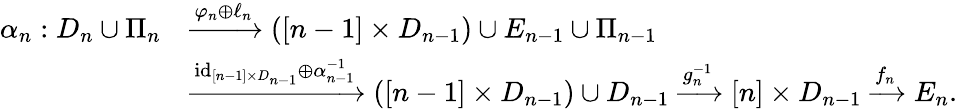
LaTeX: \begin{array}{rl}{\alpha_{n}:D_{n}\cup\Pi_{n}}&{\xrightarrow{\varphi_{n}\oplus\ell_{n}}([n-1]\times D_{n-1})\cup E_{n-1}\cup\Pi_{n-1}}\\ &{\xrightarrow{\mathrm{id}_{[n-1]\times D_{n-1}}\oplus\alpha_{n-1}^{-1}}([n-1]\times D_{n-1})\cup D_{n-1}\xrightarrow[]{g_{n}^{-1}}[n]\times D_{n-1}\xrightarrow[]{f_{n}}E_{n}.}\end{array}